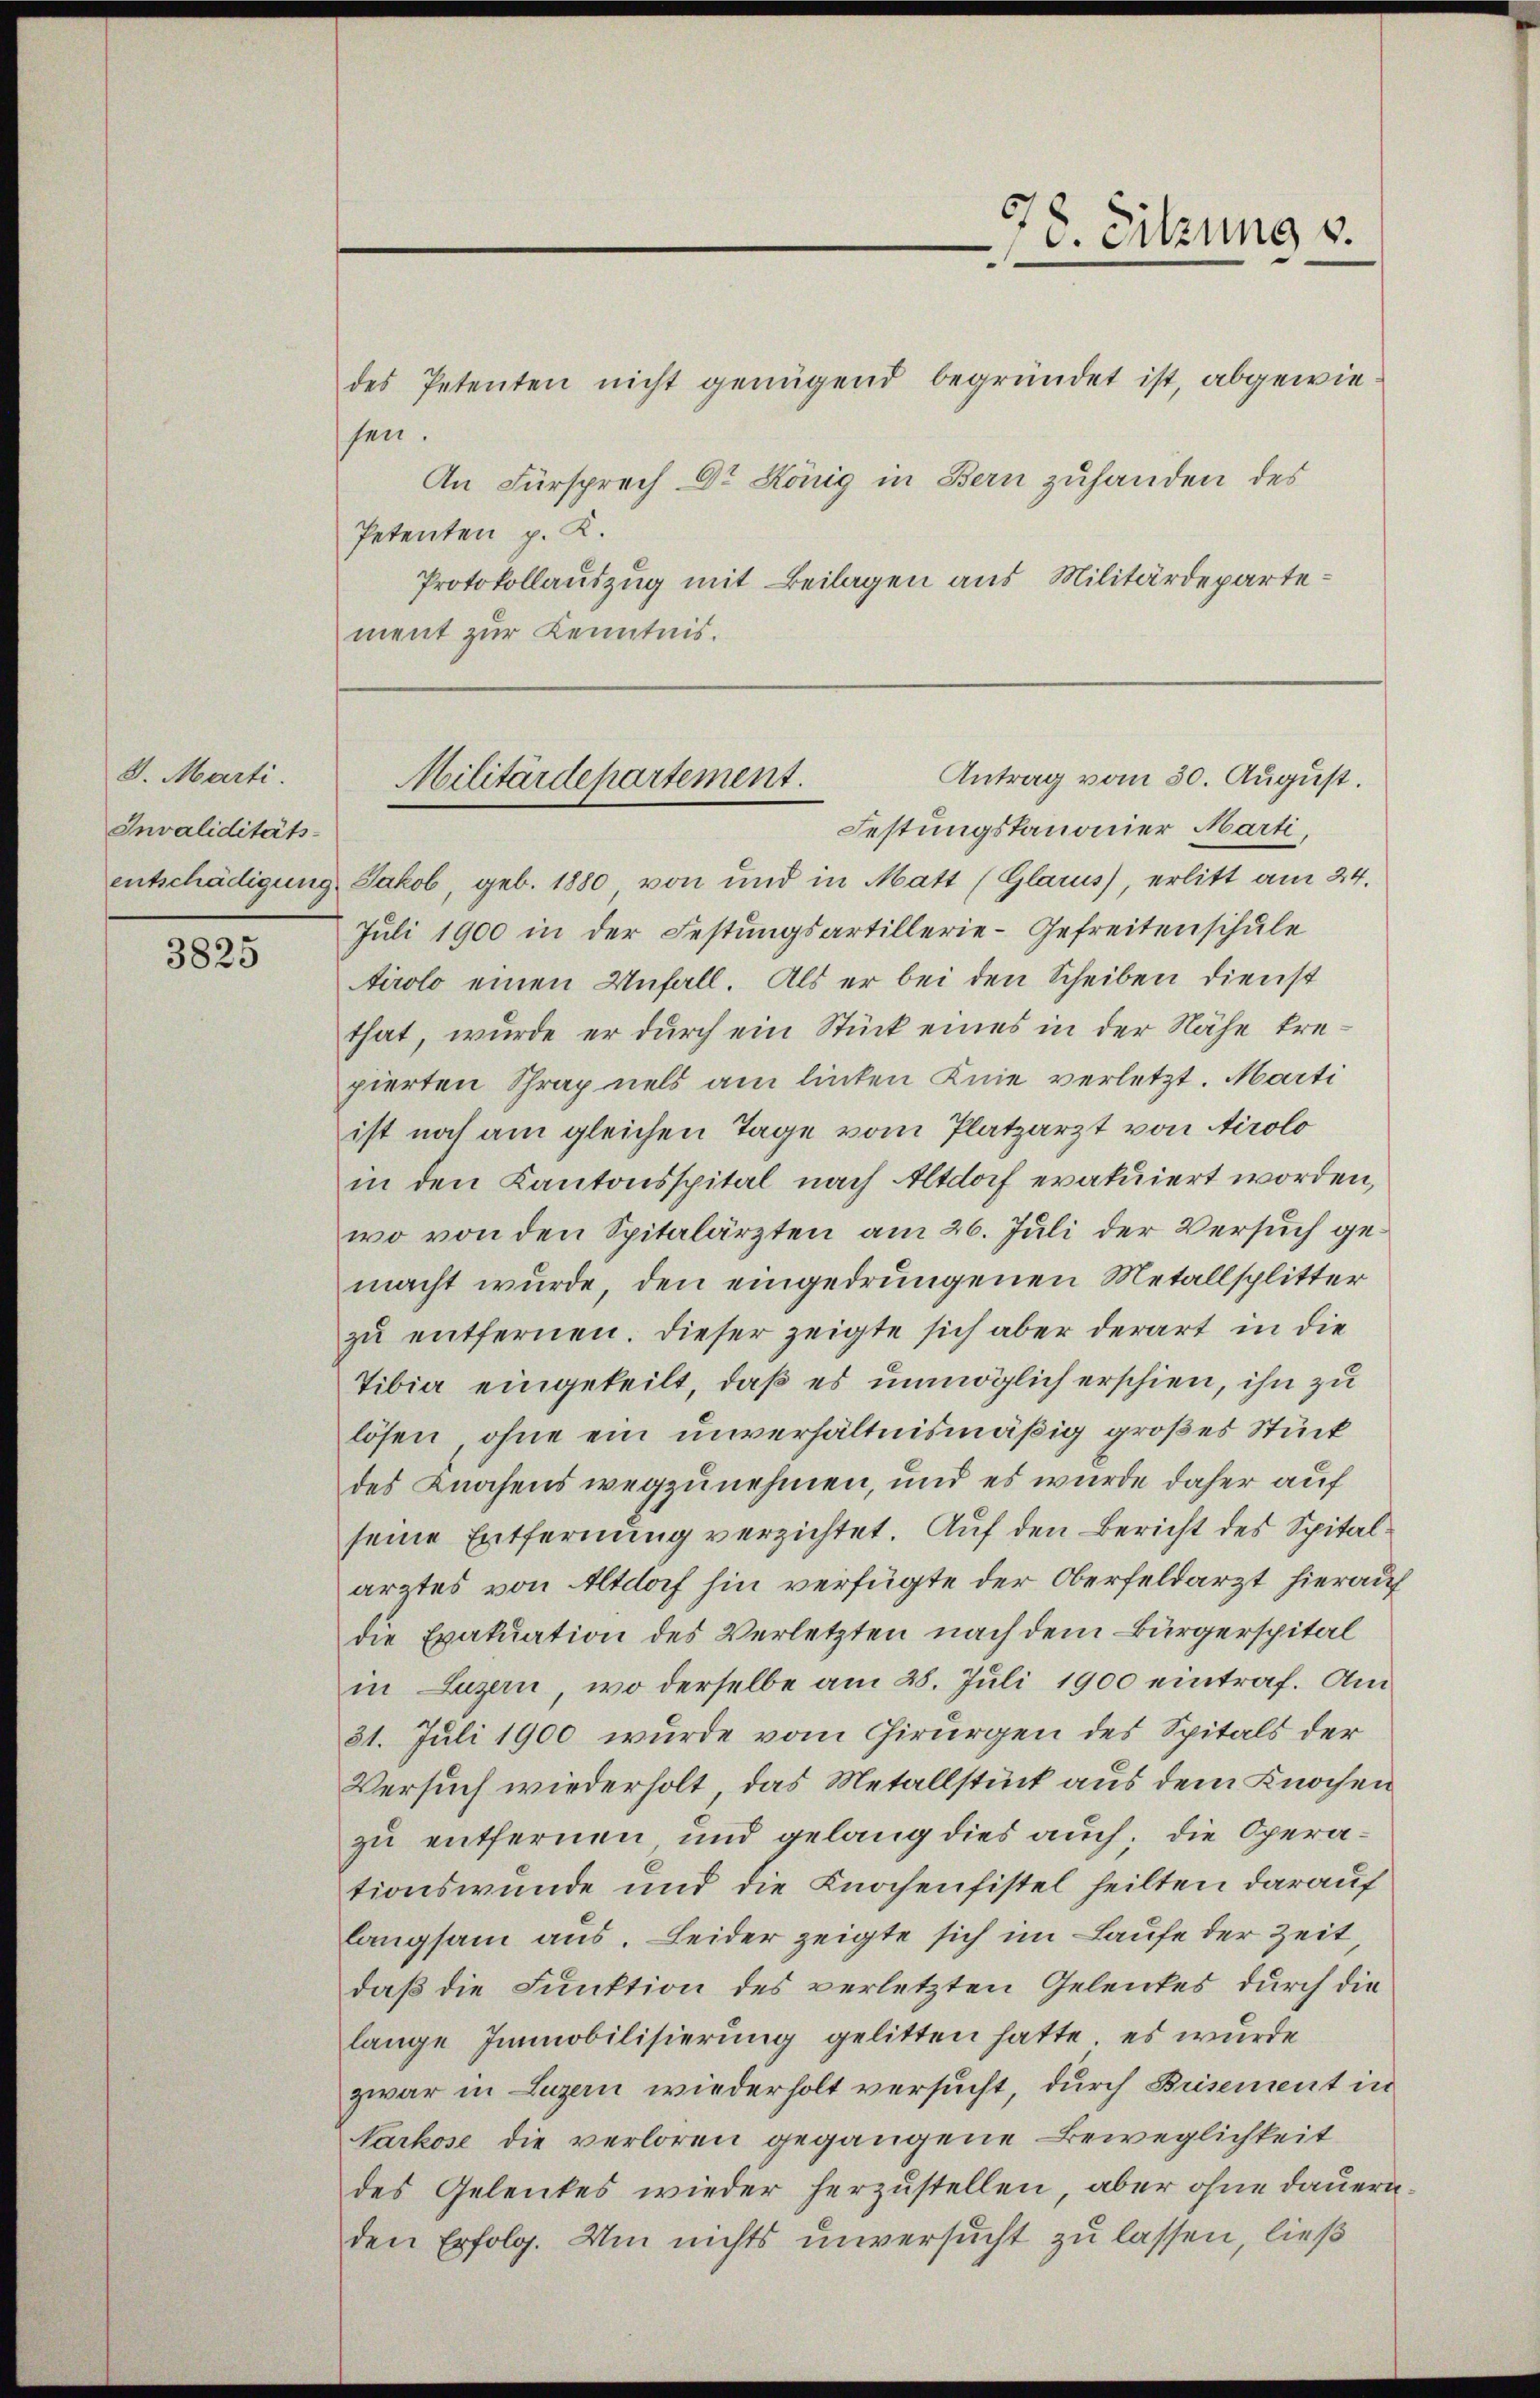
S. Marti.
Invaliditäts-
entschädigung

3825

des Petenten nicht genügend begründet ist, abgewie
sen.
An Fürsprech Dr. König in Bern zuhanden des
Petenten p. K.
Protokollauszug mit Beilagen aus Militärdepartement zur Kenntnis.

Festungskanonier Marti,
Jakob, geb. 1880 von und in Matt (Glarus, erlitt am 24.
Juli 1900 in der Festungsartillerie-Gefreitenschule
Airolo einen Unfall. Als er bei den Scheiben dienst
that, wurde er durch ein Stück eines in der Nähe trepierten Schrap nels am linken Knie verletzt. Marti
ist noch am gleichen Tage vom Platzarzt von Airolo
in den Kantonsspital nach Altdorf eratuiert worden,
wo von den Spitalärzten am 26. Juli der Versuch gemacht wurde, den eingedrungenen Metallsplitter
zŭ entfernen. Dieser zeigte sich aber derart in die
Tibia eingeteilt, daß es unmöglich erschien, ihn zu
lösen, ohne ein unverhältnismäßig großes Stück
des Knochens wegzunehmen, und es wurde daher auf
seine Entfernung verzichtet. Auf den Bericht des Spitalarztes von Altdorf hin verfügte der Oberfeldarzt hierauf
die Evakuation des Verletzten nach dem Bürgerspital
in Luzern, wo derselbe am 28. Juli 1900 eintraf. Am
31. Juli 1900 wurde vom Chirurgen des Spitals der
Versuch wiederholt, das Metallstück aus dem Knochen
zu entfernen und gelang dies auch; die Operationswunde und die Knochenfistel heilten darauf
langsam aus. Leider zeigte sich im Laufe der Zeit
daß die Funktion des verletzten Gelentes durch die
lange Immobilisierung gelitten hatte, es wurde
zwar in Luzern wiederholt versucht, durch Brisement in
Varkose die verloren gegangene Beweglichkeit
des Gelenkes wieder herzustellen, aber ohne dauern.
den Erfolg. Um nichts unversucht zu lassen, ließ

78. Sitzung v.

Antrag vom 30. August.
Militärdepartement.